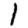
Digit: 1